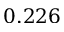
0 . 2 2 6